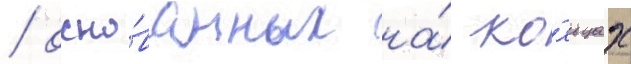
/ осно́ванных на́ ко́льцах